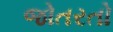
જોતરતો